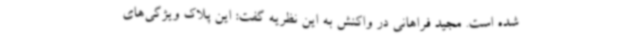
شده است. مجید فراهانی در واکنش به این نظریه گفت: این پلاک ویژگی‌های